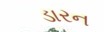
ડારન